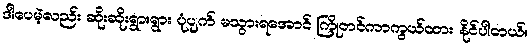
ဒါပေမဲ့လည်း ဆိုးဆိုးရွားရွား ပုံပျက် မသွားရအောင် ကြိုတင်ကာကွယ်ထား နိုင်ပါတယ်။